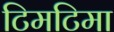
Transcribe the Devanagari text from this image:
टिमटिमा